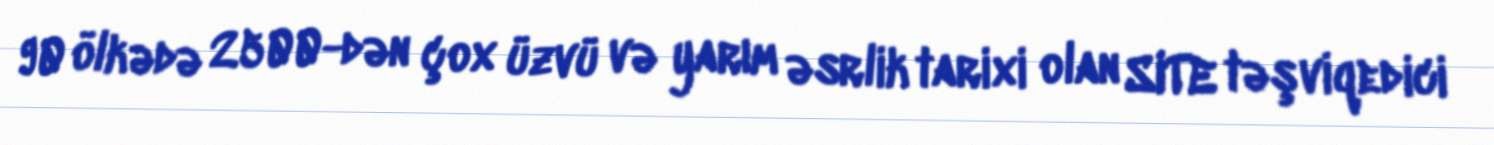
90 ölkədə 2500-dən çox üzvü və yarım əsrlik tarixi olan SITE təşviqedici